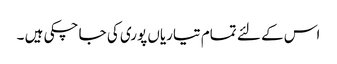
اس کے لئے تمام تیاریاں پوری کی جا چکی ہیں ۔